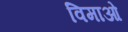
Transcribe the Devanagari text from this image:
विमाओ